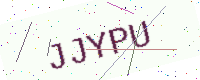
Text: JJYPU